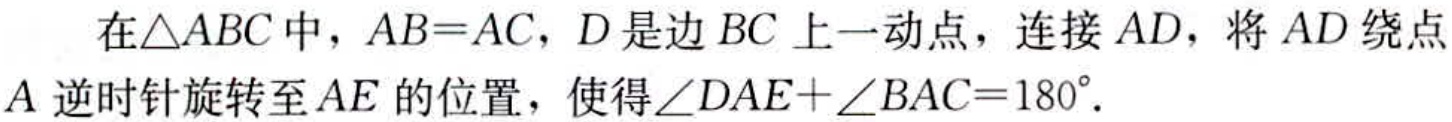
在\(\triangle ABC\)中，\(AB = AC\)，\(D\)是边\(BC\)上一动点，连接\(AD\)，将\(AD\)绕点\(A\)逆时针旋转至\(AE\)的位置，使得\(\angle DAE+\angle BAC = 180^{\circ}\)。